Civil Veterinary Dept. Assam report 1927-50 - 1927-1950
Year: 1927
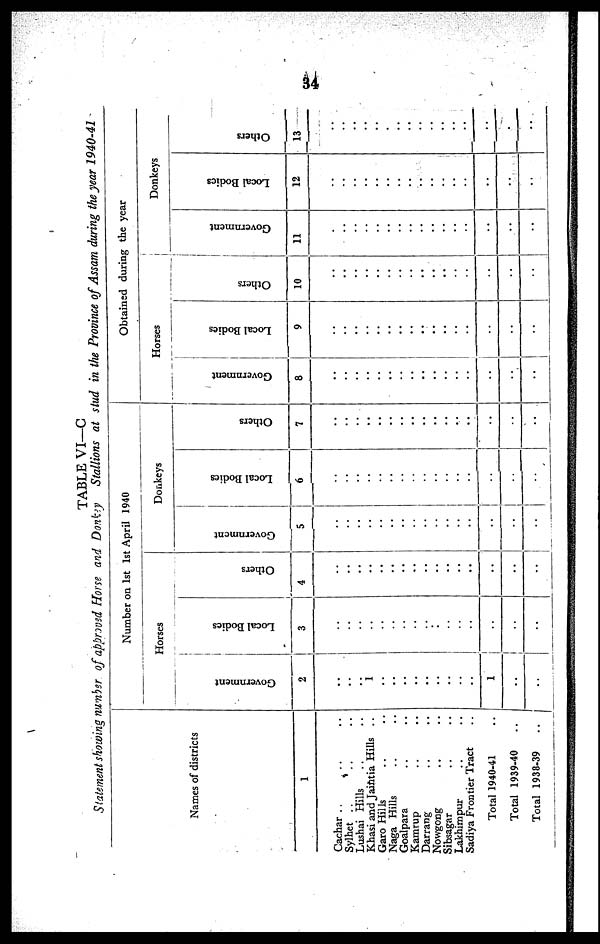
34
TABLE VI—C
Statement showing number of approved Horse and Donkey
Stallions
at stud in the Province of Assam during the year
1940-41
Names of districts
1
Cachar .. .. ..
Sylhet .. .. ..
Lushai Hills .. ..
Khasi and Jaintia Hills ..
Garo Hills .. ..
Naga Hills .. ..
Goalpara .. ..
Kamrup .. ..
Darrang .. ..
Nowgong .. ..
Sibsagar .. ..
Lakhimpur .. ..
Sadiya Frontier Tract ..
Total 1940-41 ..
Total 1939-40 ..
Total 1938-39
..
Number on 1st 1st April 1940
Horses
Government
2
..
..
..
..
..
..
..
..
..
..
..
..
..
1
..
..
Local Bodies
3
..
..
..
1
..
..
..
..
..
..
..
..
..
..
..
..
Others
4
..
..
..
..
..
..
..
..
..
..
..
..
..
..
..
..
Donkeys
Government
5
..
..
..
..
..
..
..
..
..
..
..
..
..
..
..
..
Local Bodies
6
..
..
..
..
..
..
..
..
..
..
..
..
..
..
..
..
Others
7
..
..
..
..
..
..
..
..
..
..
..
..
..
..
..
..
Obtained during the year
Horses
Government
8
..
..
..
..
..
..
..
..
..
..
..
..
..
..
..
..
Local Bodies
9
..
..
..
..
..
..
..
..
..
..
..
..
..
..
..
..
Others
10
..
..
..
..
..
..
..
..
..
..
..
..
..
..
..
..
Donkeys
Government
11
..
..
..
..
..
..
..
..
..
..
..
..
..
..
..
..
Local Bodies
12
..
..
..
..
..
..
..
..
..
..
..
..
..
..
..
..
Others
13
..
..
..
..
..
..
..
..
..
..
..
..
..
..
..
..